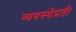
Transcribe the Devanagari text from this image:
व्यवस्थेप्रती